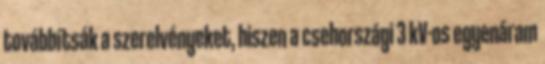
továbbítsák a szerelvényeket, hiszen a csehországi 3 kV-os egyenáram